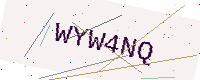
Text: WYW4NQ